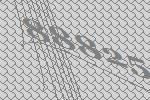
88825